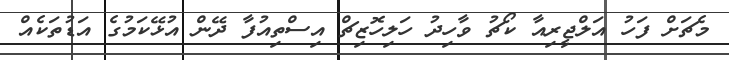
މެޗަށް ފަހު އަލްޖީރިއާ ކޯޗު ވާހިދު ހަލިހޮޒިޗް އިސްތިއުފާ ދޭން އުޅޭކަމުގެ އަޑުތަކެއް